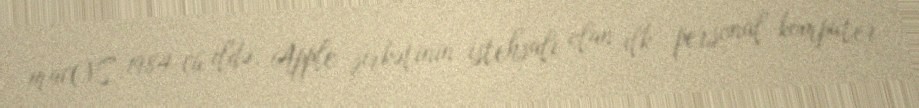
macOS 1984-cü ildə, Apple şirkətinin istehsalı olan ilk personal kompüter